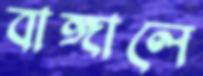
বাঙ্গালে